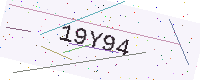
Text: 19Y94